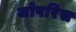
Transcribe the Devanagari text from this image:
जोपरिस